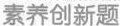
素养创新题